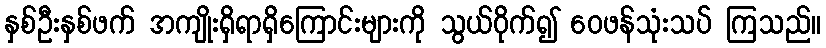
နှစ်ဦးနှစ်ဖက် အကျိုးရှိရာရှိကြောင်းများကို သွယ်ဝိုက်၍ ဝေဖန်သုံးသပ် ကြသည်။